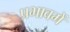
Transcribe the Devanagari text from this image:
प्रभावमें